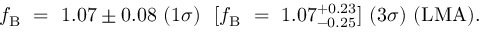
f _ { \mathrm { B } } ~ = ~ 1 . 0 7 \pm 0 . 0 8 ~ ( { 1 \sigma } ) ~ ~ [ f _ { \mathrm { B } } ~ = ~ 1 . 0 7 _ { - 0 . 2 5 } ^ { + 0 . 2 3 } ] ~ ( { 3 \sigma } ) ~ ( \mathrm { L M A } ) .